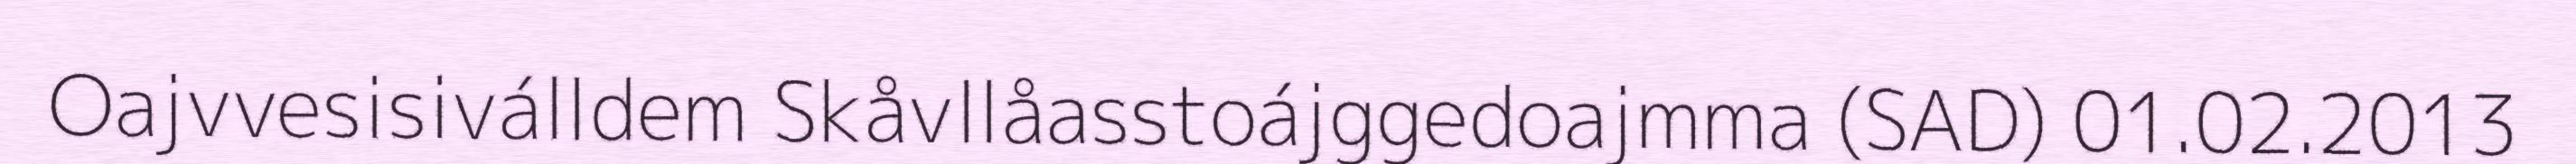
Oajvvesisiválldem Skåvllåasstoájggedoajmma (SAD) 01.02.2013